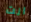
انت